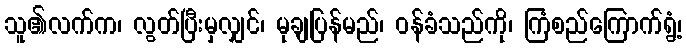
သူ၏လက်က၊ လွတ်ပြီးမှလျှင်၊ မုချပြန်မည်၊ ဝန်ခံသည်ကို၊ ကြံစည်ကြောက်ရွံ့၊